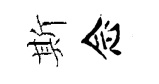
斯念